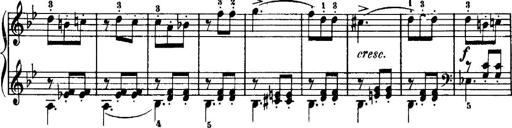
Title: 7 Sonatinas
Composer: Anton Diabelli